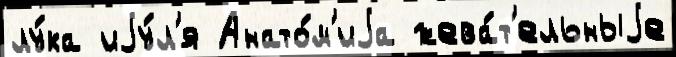
лу́ка иjу́л'я Анато́м'иjа жева́т'ельныjе